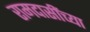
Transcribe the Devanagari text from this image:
रामदासींच्या